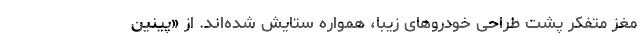
مغز متفکر پشت طراحی خودروهای زیبا، همواره ستایش شده‌اند. از «پینین